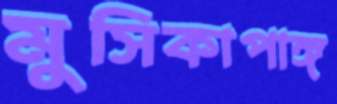
মুসিকাপাঙ্গ